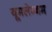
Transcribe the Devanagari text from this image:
यूमलेम्बम